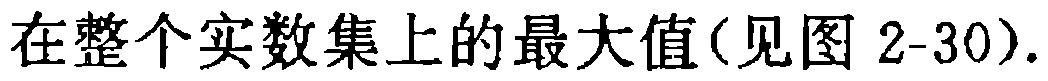
在整个实数集上的最大值(见图 2-30).